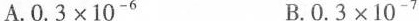
A.0.3×10^{-6}B.0.3×10^{-7}